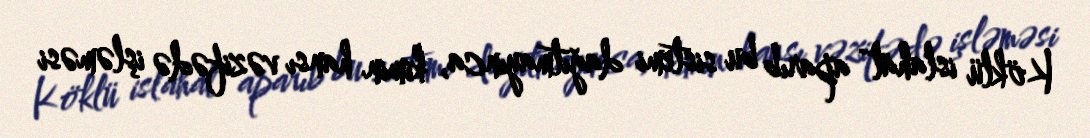
Köklü islahat aparıb bu sistemi dağıtmayınca, kimin hansı vəzifədə işləməsi